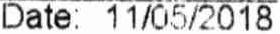
DATE: 11/05/2018